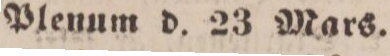
Plenum d. 23 Mars.